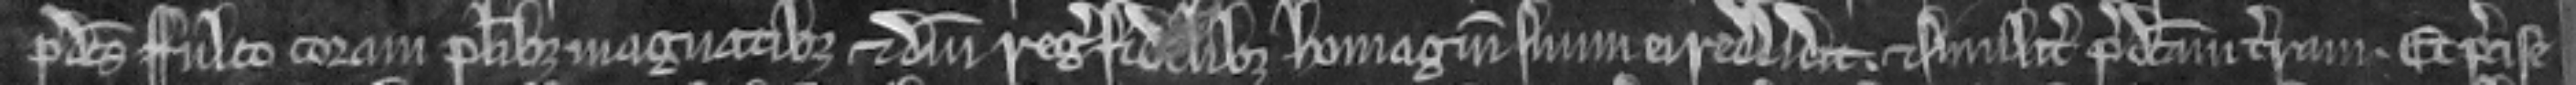
predictus Fulco coram pluribus magnatibus et domini regis fidelibus homagium suum ei reddidit. et similiter predictam terram. et precise